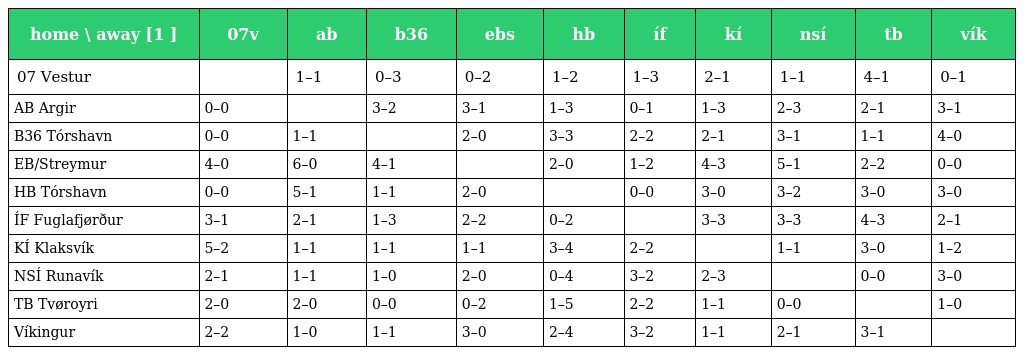
| home \ away [1 ] | 07v | ab | b36 | ebs | hb | íf | kí | nsí | tb | vík |
 | --- | --- | --- | --- | --- | --- | --- | --- | --- | --- | --- |
 | 07 Vestur |  | 1–1 | 0–3 | 0–2 | 1–2 | 1–3 | 2–1 | 1–1 | 4–1 | 0–1 |
 | AB Argir | 0–0 |  | 3–2 | 3–1 | 1–3 | 0–1 | 1–3 | 2–3 | 2–1 | 3–1 |
 | B36 Tórshavn | 0–0 | 1–1 |  | 2–0 | 3–3 | 2–2 | 2–1 | 3–1 | 1–1 | 4–0 |
 | EB/Streymur | 4–0 | 6–0 | 4–1 |  | 2–0 | 1–2 | 4–3 | 5–1 | 2–2 | 0–0 |
 | HB Tórshavn | 0–0 | 5–1 | 1–1 | 2–0 |  | 0–0 | 3–0 | 3–2 | 3–0 | 3–0 |
 | ÍF Fuglafjørður | 3–1 | 2–1 | 1–3 | 2–2 | 0–2 |  | 3–3 | 3–3 | 4–3 | 2–1 |
 | KÍ Klaksvík | 5–2 | 1–1 | 1–1 | 1–1 | 3–4 | 2–2 |  | 1–1 | 3–0 | 1–2 |
 | NSÍ Runavík | 2–1 | 1–1 | 1–0 | 2–0 | 0–4 | 3–2 | 2–3 |  | 0–0 | 3–0 |
 | TB Tvøroyri | 2–0 | 2–0 | 0–0 | 0–2 | 1–5 | 2–2 | 1–1 | 0–0 |  | 1–0 |
 | Víkingur | 2–2 | 1–0 | 1–1 | 3–0 | 2–4 | 3–2 | 1–1 | 2–1 | 3–1 |  |